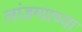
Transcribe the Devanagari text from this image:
लांडग्याच्या